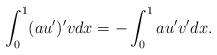
LaTeX: \begin{align*}\int_0^1(au')' v dx= - \int_0^1 au'v' dx.\end{align*}